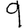
Digit: 9